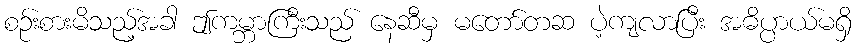
စဉ်းစားမိသည့်အခါ ဤကမ္ဘာကြီးသည် နေဆီမှ မတော်တဆ ပဲ့ကျလာပြီး အဓိပ္ပာယ်မရှိ